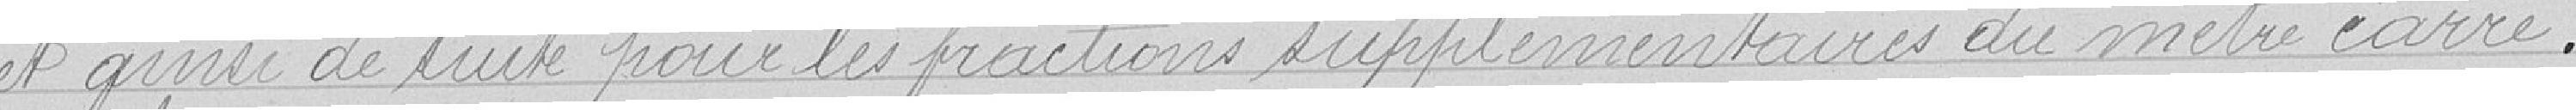
et ainsi de suite pour les fractions supplémentaires du mètre carré